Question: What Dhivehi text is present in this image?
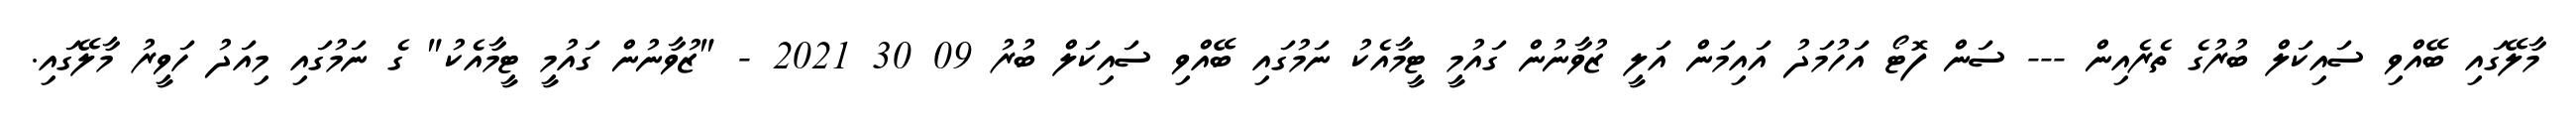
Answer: މާލޭގައި ބޭއްވި ސައިކަލް ބުރުގެ ތެރެއިން --- ސަން ފޮޓޯ އަހުމަދު އައިމަން އަލީ ޒުވާނުން ގައުމީ ޓީމާއެކު ނަމުގައި ބޭއްވި ސައިކަލް ބުރު 09 30 2021 - "ޒުވާނުން ގައުމީ ޓީމާއެކު" ގެ ނަމުގައި މިއަދު ހަވީރު މާލޭގައި.